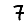
Digit: 7